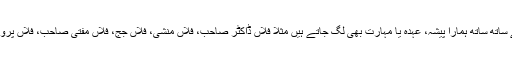
کچھ بڑے ہوتے ہیں تو اس نام کے ساتھ ساتھ ہمارا پیشہ، عہدہ یا مہارت بھی لگ جاتے ہیں مثلاً فلاں ڈاکٹر صاحب، فلاں منشی، فلاں جج، فلاں مفتی صاحب، فلاں پروگرامر، فلاں ڈیٹا سائنسٹسٹ وغیرہ۔